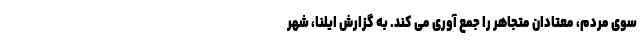
سوی مردم، معتادان متجاهر را جمع آوری می کند. به گزارش ایلنا، شهر